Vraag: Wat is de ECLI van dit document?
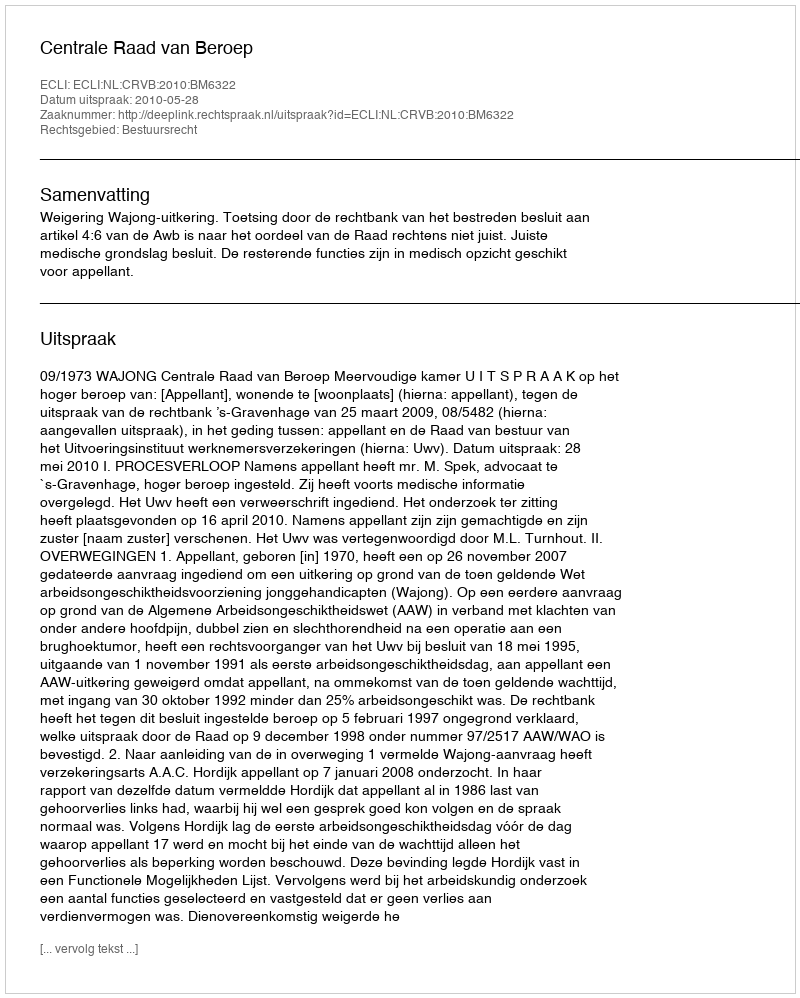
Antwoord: ECLI:NL:CRVB:2010:BM6322